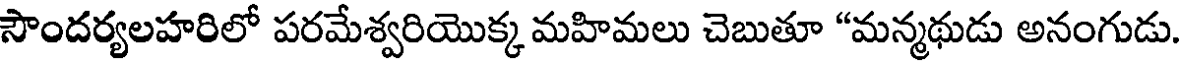
సౌందర్యలహరిలో పరమేశ్వరియొక్క మహిమలు చెబుతూ "మన్మథుడు అనంగుడు